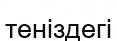
теніздегі